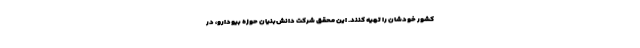
کشور خودشان را تهیه کنند. این محقق شرکت دانش‌بنیان حوزه بیودارو، در